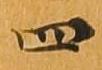
四